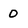
Character: o